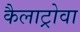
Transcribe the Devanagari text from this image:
कैलाट्रोवा